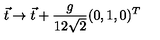
\vec { t } \to \vec { t } + \frac { g } { 1 2 \sqrt { 2 } } ( 0 , 1 , 0 ) ^ { T }